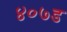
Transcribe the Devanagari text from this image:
४०७ड